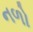
નળો